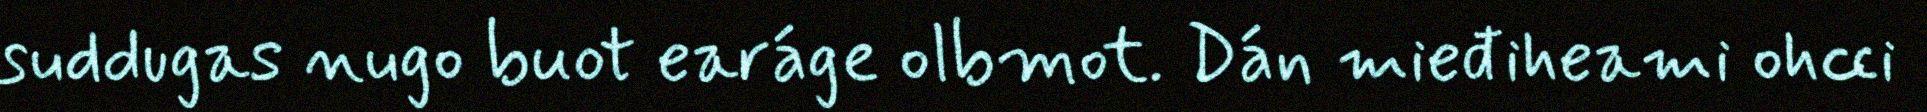
suddugas nugo buot earáge olbmot. Dán mieđiheami ohcci